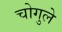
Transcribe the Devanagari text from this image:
चोगुले